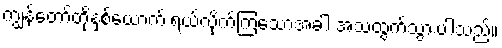
ကျွန်တော်တို့နှစ်ယောက် ရယ်လိုက်ကြသောအခါ အသံထွက်သွားပါသည်။